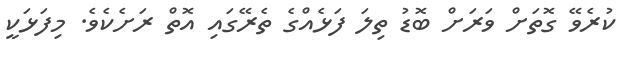
ކުރެވޭ ގޮތަށް ވަރަށް ބޮޑު ތިލަ ފަޅެއްގެ ތެރޭގައި އޮތް ރަށެކެވެ. މިފަޅަކީ